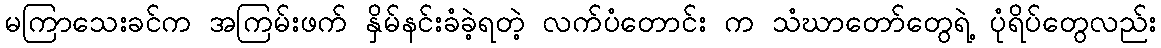
မကြာသေးခင်က အကြမ်းဖက် နှိမ်နင်းခံခဲ့ရတဲ့ လက်ပံတောင်း က သံဃာတော်တွေရဲ့ ပုံရိပ်တွေလည်း